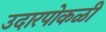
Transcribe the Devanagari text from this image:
उदारपोकळी